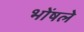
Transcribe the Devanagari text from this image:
भोंषले